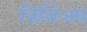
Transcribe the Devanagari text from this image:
जिलिअम